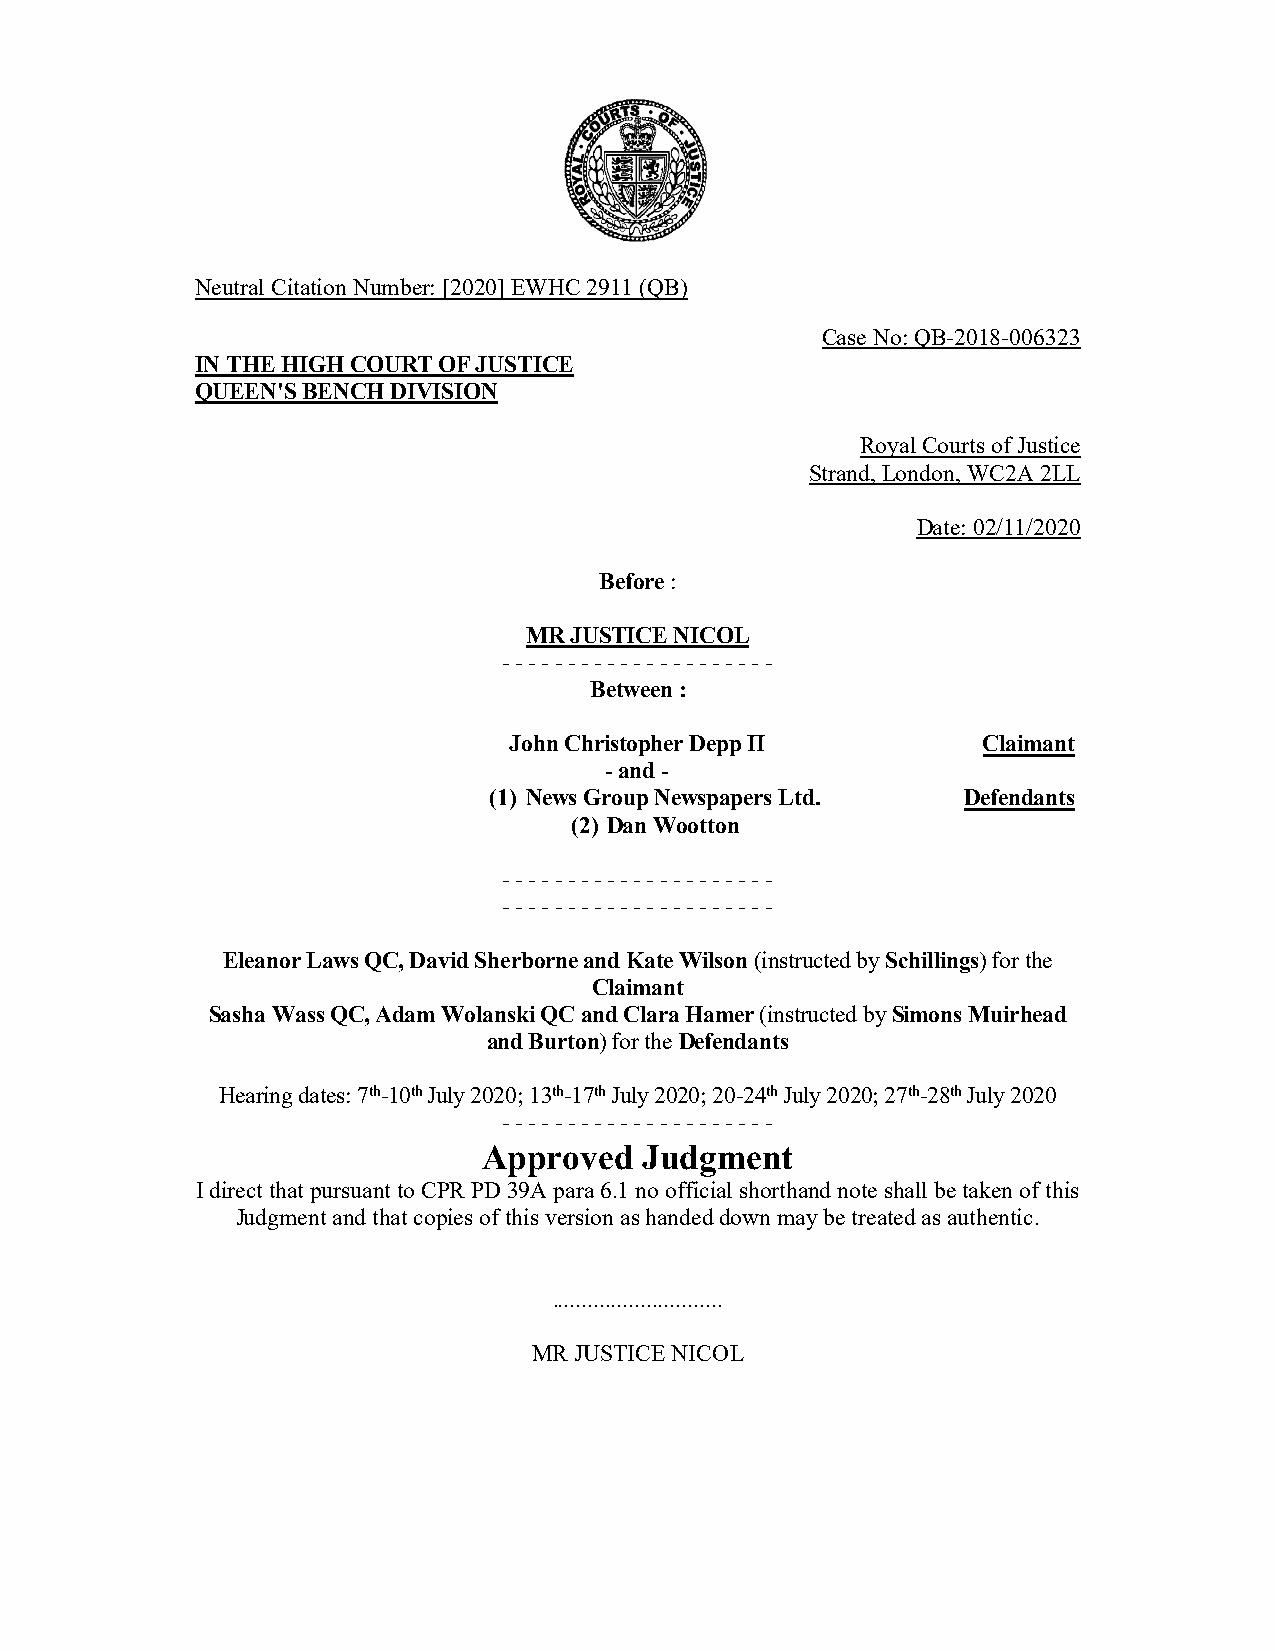
Neutral Citation Number: [2020] EWHC 2911 (QB)
 Case No: QB-2018-006323
 IN THE HIGH COURT OF JUSTICE
 QUEEN'S BENCH DIVISION
 Royal Courts of Justice
 Strand, London, WC2A 2LL
 Date: 02/11/2020
 Before :
 MR JUSTICE NICOL
 - - - - - - - - - - - - - - - - - - - - -
 Between :
 John Christopher Depp II       Claimant
 - and -
 (1) News Group Newspapers Ltd.  Defendants
 (2) Dan Wootton
 - - - - - - - - - - - - - - - - - - - - -
 - - - - - - - - - - - - - - - - - - - - -
 Eleanor Laws QC, David Sherborne and Kate Wilson (instructed by Schillings) for the
 Claimant
 Sasha Wass QC, Adam Wolanski QC and Clara Hamer (instructed by Simons Muirhead
 and Burton) for the Defendants
 Hearing dates: 7th-10th July 2020; 13th-17th July 2020; 20-24th July 2020; 27th-28th July 2020
 - - - - - - - - - - - - - - - - - - - - -
 Approved  Judgment
 I direct that pursuant to CPR PD 39A para 6.1 no official shorthand note shall be taken of this
 Judgment and that copies of this version as handed down may be treated as authentic.
 .............................
 MR JUSTICE NICOL